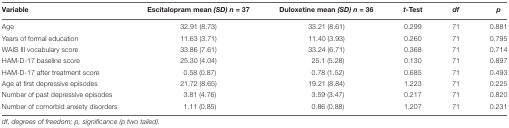
| Variable | Escitalopram mean (SD) n = 37 | Duloxetine mean (SD) n = 36 | t-Test | df | p |
 | --- | --- | --- | --- | --- | --- |
 | Age | 32.91 (8.73) | 33.21 (8.61) | 0.299 | 71 | 0.881 |
 | Years of formal education | 11.63 (3.71) | 11.40 (3.93) | 0.260 | 71 | 0.795 |
 | WAIS III vocabulary score | 33.86 (7.61) | 33.24 (6.71) | 0.368 | 71 | 0.714 |
 | HAM-D-17 baseline score | 25.30 (4.04) | 25.1 (5.28) | 0.130 | 71 | 0.897 |
 | HAM-D-17 after treatment score | 0.58 (0.87) | 0.78 (1.52) | 0.685 | 71 | 0.493 |
 | Age at first depressive episodes | 21.72 (8.65) | 19.21 (8.84) | 1.223 | 71 | 0.225 |
 | Number of past depressive episodes | 3.81 (4.76) | 3.59 (3.47) | 0.217 | 71 | 0.820 |
 | Number of comorbid anxiety disorders | 1.11 (0.85) | 0.86 (0.88) | 1.207 | 71 | 0.231 |